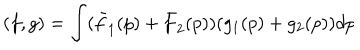
LaTeX: ( f , g ) = \int ( \bar { f } _ { 1 } ( p ) + \bar { f } _ { 2 } ( p ) ) ( g _ { 1 } ( p ) + g _ { 2 } ( p ) ) d p